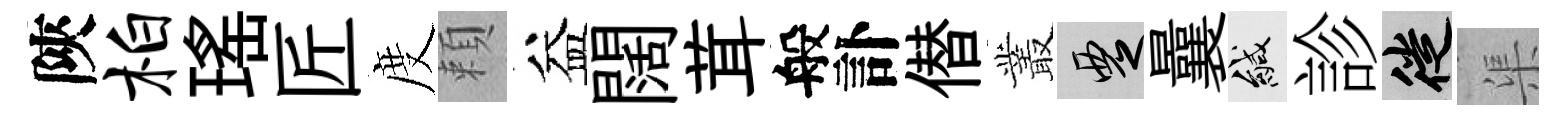
陝柏瑤匠度頼益闊茸般訃僣叢覂曩緘診徙渠